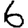
Digit: 6